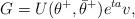
LaTeX: \begin{align*} G = U(\theta^+,\bar\theta^+)e^{ta}v,\end{align*}